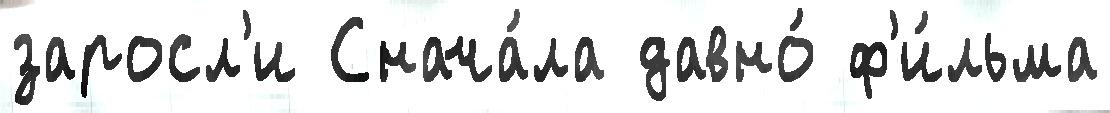
заросл'и Снача́ла давно́ ф'и́льма